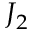
J _ { 2 }